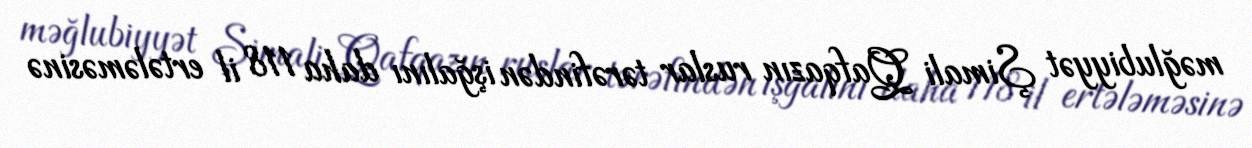
məğlubiyyət Şimali Qafqazın ruslar tərəfindən işğalını daha 118 il ertələməsinə